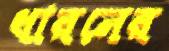
ধারনের